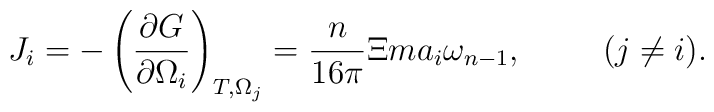
J_i=-\left( \frac{\partial G}{\partial \Omega _i}\right) _{T,\Omega_j}=\frac n{16\pi }\Xi ma_i\omega _{n-1},\hspace{1.0cm}(j\neq i).